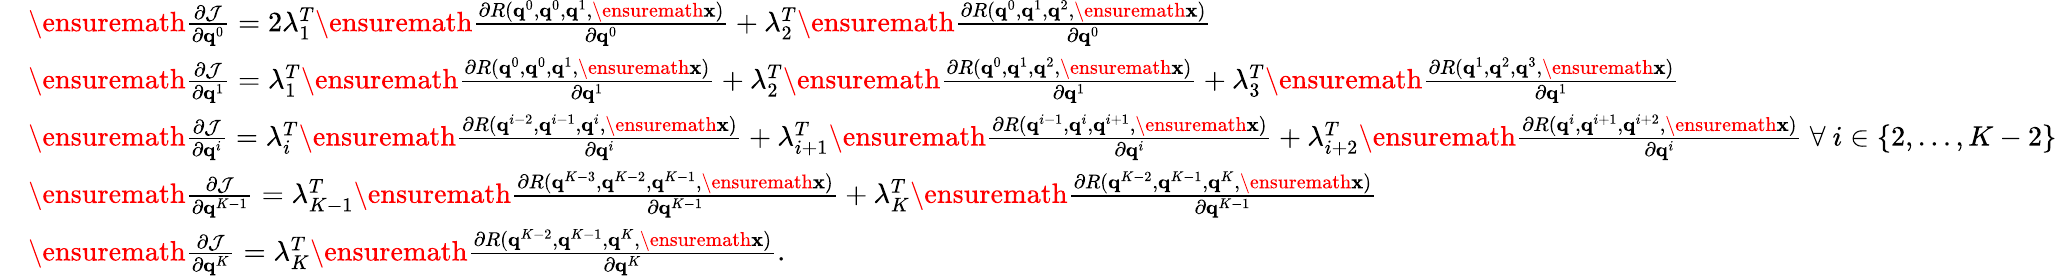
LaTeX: \begin{array}{rl}&{\ensuremath{\frac{\partial\mathcal{J}}{\partial\mathbf{q}^{0}}}=2\lambda_{1}^{T}\ensuremath{\frac{\partial R(\mathbf{q}^{0},\mathbf{q}^{0},\mathbf{q}^{1},\ensuremath{\mathbf{x}})}{\partial\mathbf{q}^{0}}}+\lambda_{2}^{T}\ensuremath{\frac{\partial R(\mathbf{q}^{0},\mathbf{q}^{1},\mathbf{q}^{2},\ensuremath{\mathbf{x}})}{\partial\mathbf{q}^{0}}}}\\ &{\ensuremath{\frac{\partial\mathcal{J}}{\partial\mathbf{q}^{1}}}=\lambda_{1}^{T}\ensuremath{\frac{\partial R(\mathbf{q}^{0},\mathbf{q}^{0},\mathbf{q}^{1},\ensuremath{\mathbf{x}})}{\partial\mathbf{q}^{1}}}+\lambda_{2}^{T}\ensuremath{\frac{\partial R(\mathbf{q}^{0},\mathbf{q}^{1},\mathbf{q}^{2},\ensuremath{\mathbf{x}})}{\partial\mathbf{q}^{1}}}+\lambda_{3}^{T}\ensuremath{\frac{\partial R(\mathbf{q}^{1},\mathbf{q}^{2},\mathbf{q}^{3},\ensuremath{\mathbf{x}})}{\partial\mathbf{q}^{1}}}}\\ &{\ensuremath{\frac{\partial\mathcal{J}}{\partial\mathbf{q}^{i}}}=\lambda_{i}^{T}\ensuremath{\frac{\partial R(\mathbf{q}^{i-2},\mathbf{q}^{i-1},\mathbf{q}^{i},\ensuremath{\mathbf{x}})}{\partial\mathbf{q}^{i}}}+\lambda_{i+1}^{T}\ensuremath{\frac{\partial R(\mathbf{q}^{i-1},\mathbf{q}^{i},\mathbf{q}^{i+1},\ensuremath{\mathbf{x}})}{\partial\mathbf{q}^{i}}}+\lambda_{i+2}^{T}\ensuremath{\frac{\partial R(\mathbf{q}^{i},\mathbf{q}^{i+1},\mathbf{q}^{i+2},\ensuremath{\mathbf{x}})}{\partial\mathbf{q}^{i}}}\ \forall\ i\in\{ 2,\dots,K-2\} }\\ &{\ensuremath{\frac{\partial\mathcal{J}}{\partial\mathbf{q}^{K-1}}}=\lambda_{K-1}^{T}\ensuremath{\frac{\partial R(\mathbf{q}^{K-3},\mathbf{q}^{K-2},\mathbf{q}^{K-1},\ensuremath{\mathbf{x}})}{\partial\mathbf{q}^{K-1}}}+\lambda_{K}^{T}\ensuremath{\frac{\partial R(\mathbf{q}^{K-2},\mathbf{q}^{K-1},\mathbf{q}^{K},\ensuremath{\mathbf{x}})}{\partial\mathbf{q}^{K-1}}}}\\ &{\ensuremath{\frac{\partial\mathcal{J}}{\partial\mathbf{q}^{K}}}=\lambda_{K}^{T}\ensuremath{\frac{\partial R(\mathbf{q}^{K-2},\mathbf{q}^{K-1},\mathbf{q}^{K},\ensuremath{\mathbf{x}})}{\partial\mathbf{q}^{K}}}.}\end{array}